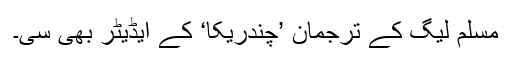
مسلم لیگ کے ترجمان ’چندریکا‘ کے ایڈیٹر بھی سی۔